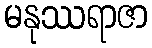
မနုဿရာဇာ